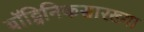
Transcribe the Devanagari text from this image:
बॉट्विनिकसारख्या